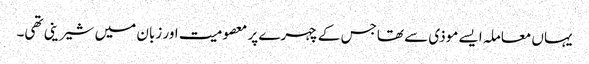
یہاں معاملہ ایسے موذی سے تھاجس کے چہرے پر معصومیت اور زبان میں شیرینی تھی۔